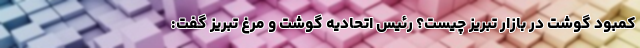
کمبود گوشت در بازار تبریز چیست؟ رئیس اتحادیه گوشت و مرغ تبریز گفت: